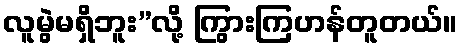
လူမွဲမရှိဘူး”လို့ ကြွားကြဟန်တူတယ်။